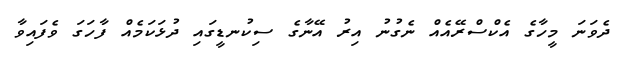
ދެވަނަ މީހާގެ އެކްސްރޭއެއް ނެގުނު އިރު އޭނާގެ ސިކުނޑީގައި ދުޅަކަމެއް ފާހަގަ ވެފައިވާ